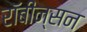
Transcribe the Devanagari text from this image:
रॉबीन्सन